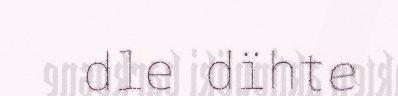
dle dïhte